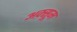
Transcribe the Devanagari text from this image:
अक़्सूम